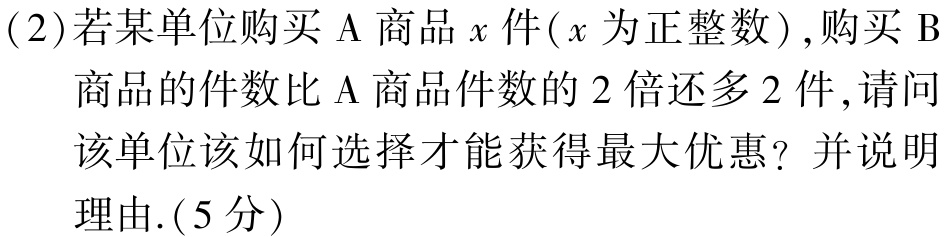
(2)若某单位购买$\mathrm{A}$商品$x$件($x$为正整数),购买$\mathrm{B}$商品的件数比$\mathrm{A}$商品件数的$2$倍还多$2$件,请问该单位该如何选择才能获得最大优惠？并说明理由.(5分)